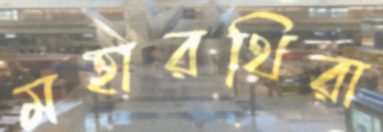
মহারথিরা